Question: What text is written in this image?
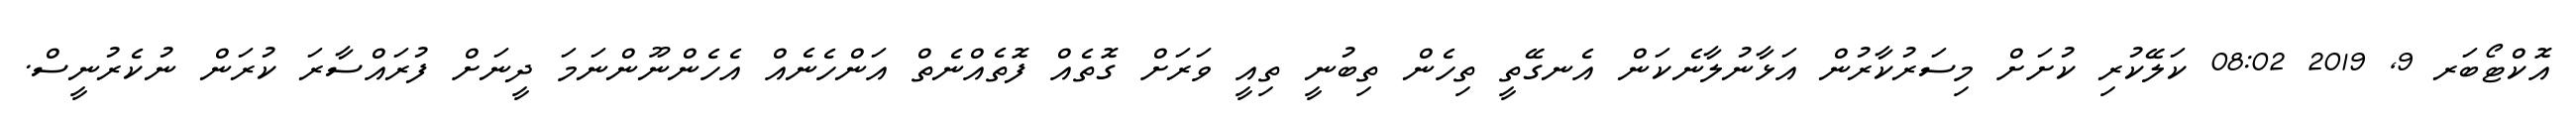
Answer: އޮކްޓޯބަރ 9, 2019 08:02 ކަލޭކުރި ކުށަށް މިސަރުކާރުން އަޅާނުލާނެކަން އެނގޭތީ ތިހެން ތިބުނީ ތިއީ ވަރަށް ގޮތެއް ފޮތެއްނެތް އަންހެނެއް އެހެންނޫންނަމަ ދީނަށް ފުރައްސާރަ ކުރަން ނުކެރުނީސް.